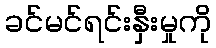
ခင်မင်ရင်းနှီးမှုကို